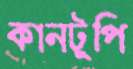
কানটুপি